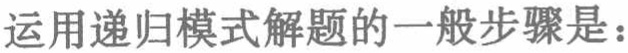
运用递归模式解题的一般步骤是：